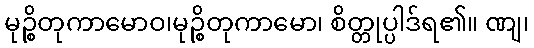
မုဉ္စိတုကာမောဝ၊မုဉ္စိတုကာမော၊ စိတ္တုပ္ပါဒ်ရ၏။ ဏျ၊